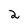
Character: 2